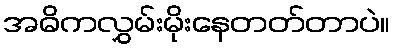
အဓိကလွှမ်းမိုးနေတတ်တာပဲ။